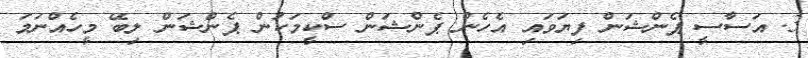
3. އަސާސީ ޕެންޝަން ފިޔަވައި އެހެން ޕެންޝަން ސްކީމަކުން ޕެންޝަން ލިބޭ މީހެއްނަމަ